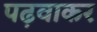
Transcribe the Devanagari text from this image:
पढ़वाकर